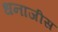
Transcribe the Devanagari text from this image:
धनाजीस